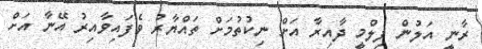
ރާނީ އަލުން ފިލްމީ ދާއިރާ އަށް ނިކުތުމަށް ތައްޔާރު ވެފައިވާއިރު އޭނާ އަށް